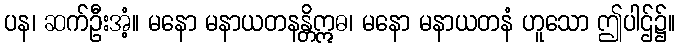
ပန၊ ဆက်ဦးအံ့။ မနော မနာယတနန္တိဣဓ၊ မနော မနာယတနံ ဟူသော ဤပါဌ်၌။